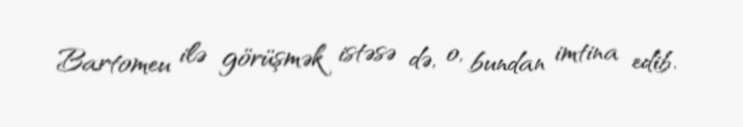
Bartomeu ilə görüşmək istəsə də, o, bundan imtina edib.